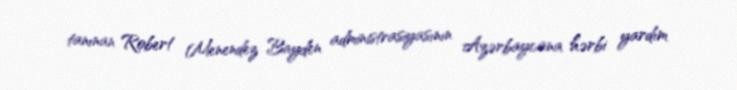
tanınan Robert Menendez Bayden administrasiyasının Azərbaycana hərbi yardım